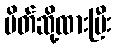
ပိတ်ဆို့ထားပြီး